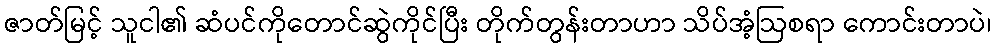
ဇာတ်မြင့် သူငါ၏ ဆံပင်ကိုတောင်ဆွဲကိုင်ပြီး တိုက်တွန်းတာဟာ သိပ်အံ့ဩစရာ ကောင်းတာပဲ၊